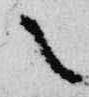
々